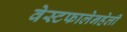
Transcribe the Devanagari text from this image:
वेस्टफालेनहेली